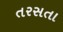
તરસતા